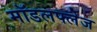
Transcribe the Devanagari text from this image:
मॉडलफ्लेज